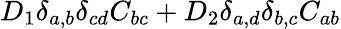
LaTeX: D_{1}\delta_{a,b}\delta_{cd}C_{bc}+D_{2}\delta_{a,d}\delta_{b,c}C_{ab}